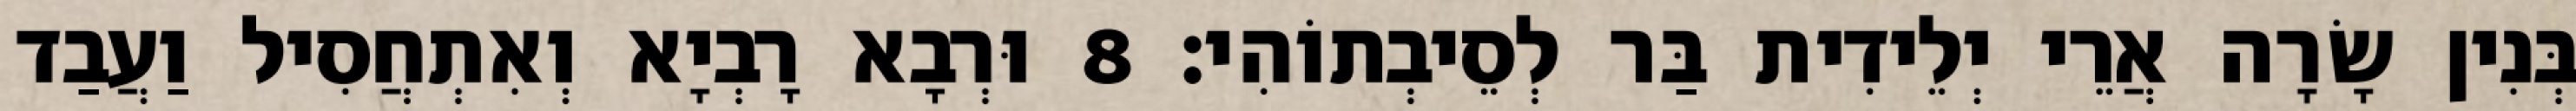
בְּנִין שָׂרָה אֲרֵי יְלֵידִית בַּר לְסֵיבְתוֹהִי׃ 8 וּרְבָא רָבְיָא וְאִתְחֲסִיל וַעֲבַד